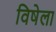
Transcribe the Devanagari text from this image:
विषेला